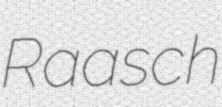
Raasch